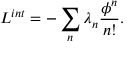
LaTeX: { \cal L } ^ { i n t } = - \sum _ { n } \lambda _ { n } \frac { \phi ^ { n } } { n ! } .